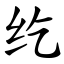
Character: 纥